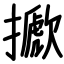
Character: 擨